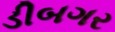
ડીબગર